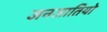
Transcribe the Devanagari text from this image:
जनजातियो